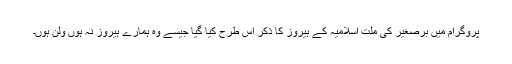
پروگرام میں برصغیر کی ملت اسلامیہ کے ہیروز کا ذکر اس طرح کیا گیا جیسے وہ ہمارے ہیروز نہ ہوں ولن ہوں۔